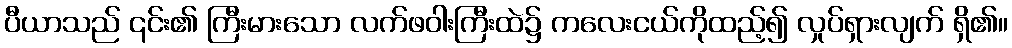
ပီယာသည် ၎င်း၏ ကြီးမားသော လက်ဖဝါးကြီးထဲ၌ ကလေးငယ်ကိုထည့်၍ လှုပ်ရှားလျက် ရှိ၏။